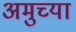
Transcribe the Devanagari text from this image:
अमुच्या